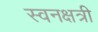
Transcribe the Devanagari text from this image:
स्वनक्षत्री